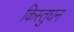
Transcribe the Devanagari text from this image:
किस्तुघन